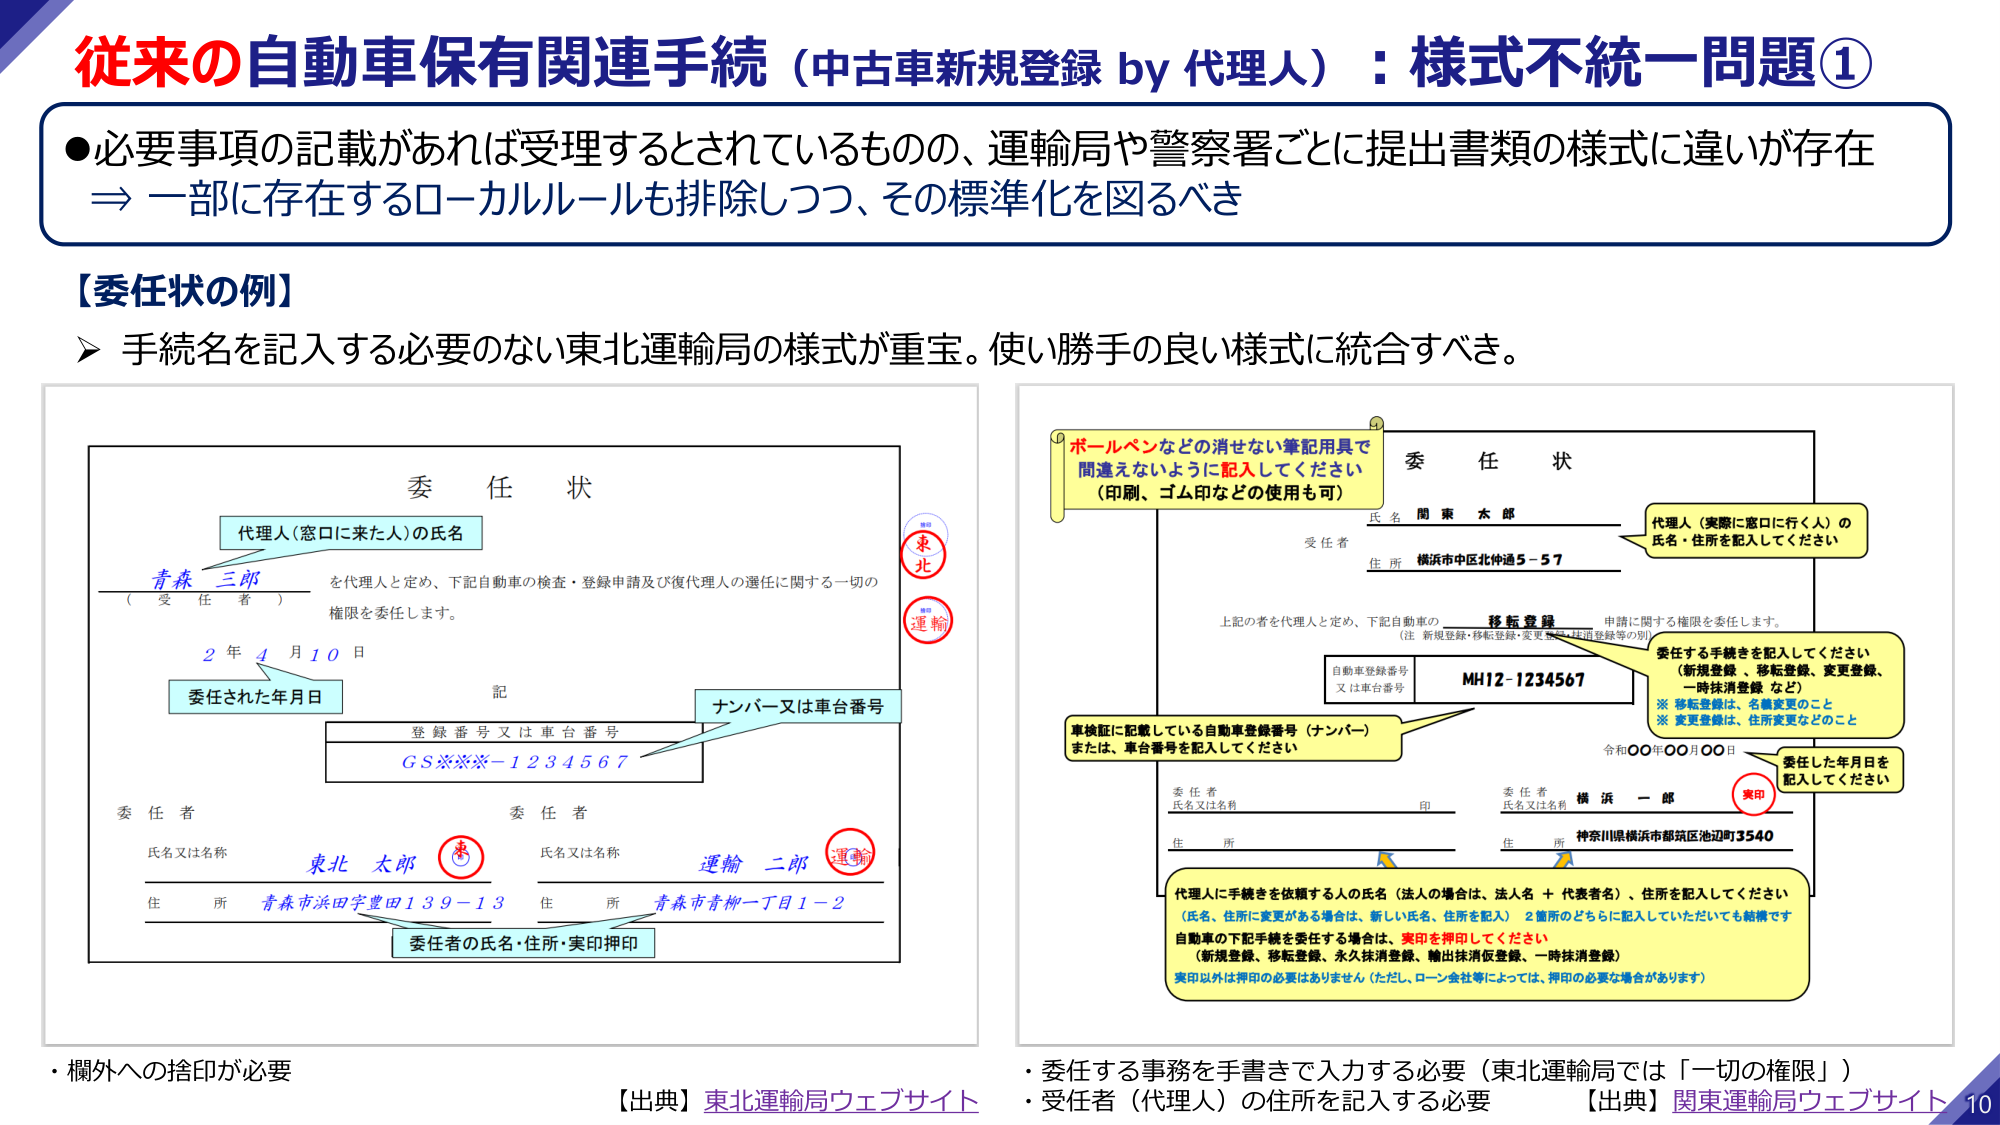
従来の自動車保有関連手続（中古車新規登録 by 代理人）：様式不統一問題①
●必要事項の記載があれば受理するとされているものの、運輸局や警察署ごとに提出書類の様式に違いが存在
⇒ 一部に存在するローカルルールも排除しつつ、その標準化を図るべき

【委任状の例】
▶ 手続名を記入する必要のない東北運輸局の様式が重宝。使い勝手の良い様式に統合すべき。

委 任 状
代理人（窓口に来た人）の氏名
青森 三郎
（受 任 者）
を代理人と定め、下記自動車の検査・登録申請及び復代理人の選任に関する一切の
権限を委任します。
2 年 4 月 10 日
委任された年月日
記
登録番号又は車台番号
GS****-1234567
ナンバー又は車台番号
委 任 者
氏名又は名称
東北 太郎
住 所
青森市浜田字豊田139-13
委 任 者
氏名又は名称
運輸 二郎
住 所
青森市青柳一丁目1-2
委任者の氏名・住所・実印押印
東北
運輸

委 任 状
氏名 関 東 太 郎
受任者
住所 横浜市中区北仲通5-57
上記の者を代理人と定め、下記自動車の
移転登録
申請に関する権限を委任します。
（注 新規登録・移転登録・変更登録・抹消登録等の別）
自動車登録番号
又は車台番号
MH12-1234567
車検証に記載している自動車登録番号（ナンバー）
または、車台番号を記入してください
委任者
氏名又は名称
印
住所
委任者
氏名又は名称
横 浜 一 郎
実印
住所
神奈川県横浜市都筑区池辺町3540
令和〇〇年〇〇月〇〇日
委任した年月日を
記入してください
代理人（実際に窓口に行く人）の
氏名・住所を記入してください
ボールペンなどの消せない筆記用具で
間違えないように記入してください
（印刷、ゴム印などの使用も可）
委任する手続を記入してください
（新規登録、移転登録、変更登録、
一時抹消登録 など）
※ 移転登録は、名義変更のこと
※ 変更登録は、住所変更などのこと
代理人に手続を依頼する人の氏名（法人の場合は、法人名＋代表者名）、住所を記入してください
（氏名、住所に変更がある場合は、新しい氏名、住所を記入） 2箇所のどちらに記入していただいても結構です
自動車の下記手続を委任する場合は、実印を押印してください
（新規登録、移転登録、永久抹消登録、輸出抹消登録、一時抹消登録）
実印以外は押印の必要はありません（ただし、ローン会社等によっては、押印の必要な場合があります）

・欄外への捨印が必要
【出典】東北運輸局ウェブサイト
・委任する事務を手書きで入力する必要（東北運輸局では「一切の権限」）
・受任者（代理人）の住所を記入する必要
【出典】関東運輸局ウェブサイト
10